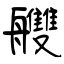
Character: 艭